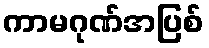
ကာမဂုဏ်အပြစ်